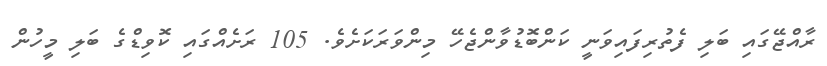
ރާއްޖޭގައި ބަލި ފެތުރިފައިވަނީ ކަންބޮޑުވާންޖެހޭ މިންވަރަކަށެވެ. 105 ރަށެއްގައި ކޮވިޑްގެ ބަލި މީހުން